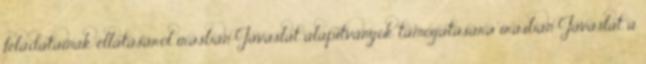
feladatainak ellátásáról írásban Javaslat alapítványok támogatására írásban Javaslat a